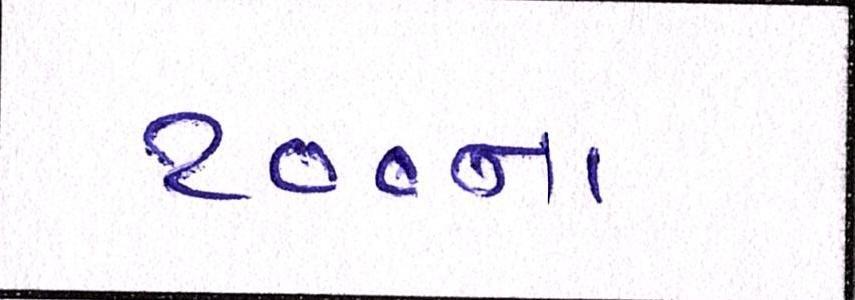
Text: ૧૦૦ના